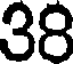
38